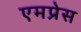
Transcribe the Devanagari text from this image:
एमप्रेस